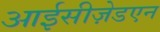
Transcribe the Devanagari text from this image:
आईसीज़ेडएन